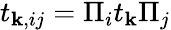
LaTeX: \begin{array}{r}{t_{\mathbf{k},ij}=\Pi_{i}t_{\mathbf{k}}\Pi_{j}}\end{array}